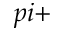
p i +